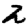
Digit: 2